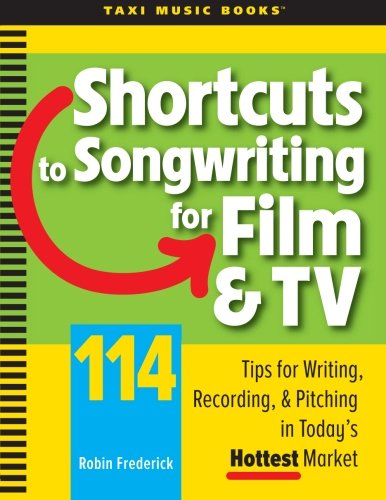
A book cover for Shortcuts to Songwriting for Film & TV: 114 Tips for Writing, Recording, & Pitching in Today's Hottest Market; Robin Frederick; Arts & Photography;